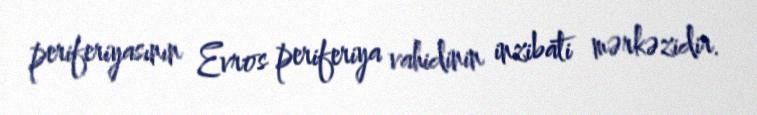
periferiyasının Evros periferiya vahidinin inzibati mərkəzidir.